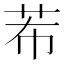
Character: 𮶠